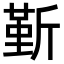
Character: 𣂷